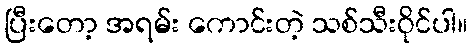
ပြီးတော့ အရမ်း ကောင်းတဲ့ သစ်သီးဝိုင်ပါ။